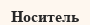
Носитель